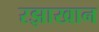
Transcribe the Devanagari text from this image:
रझाखान